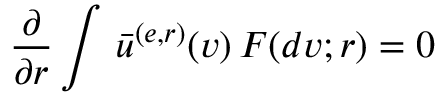
\frac { \partial } { \partial r } \int \, \bar { u } ^ { ( e , r ) } ( v ) \, F ( d v ; r ) = 0